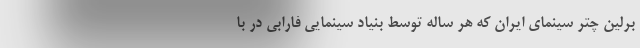
برلین چتر سینمای ایران که هر ساله توسط بنیاد سینمایی فارابی در با